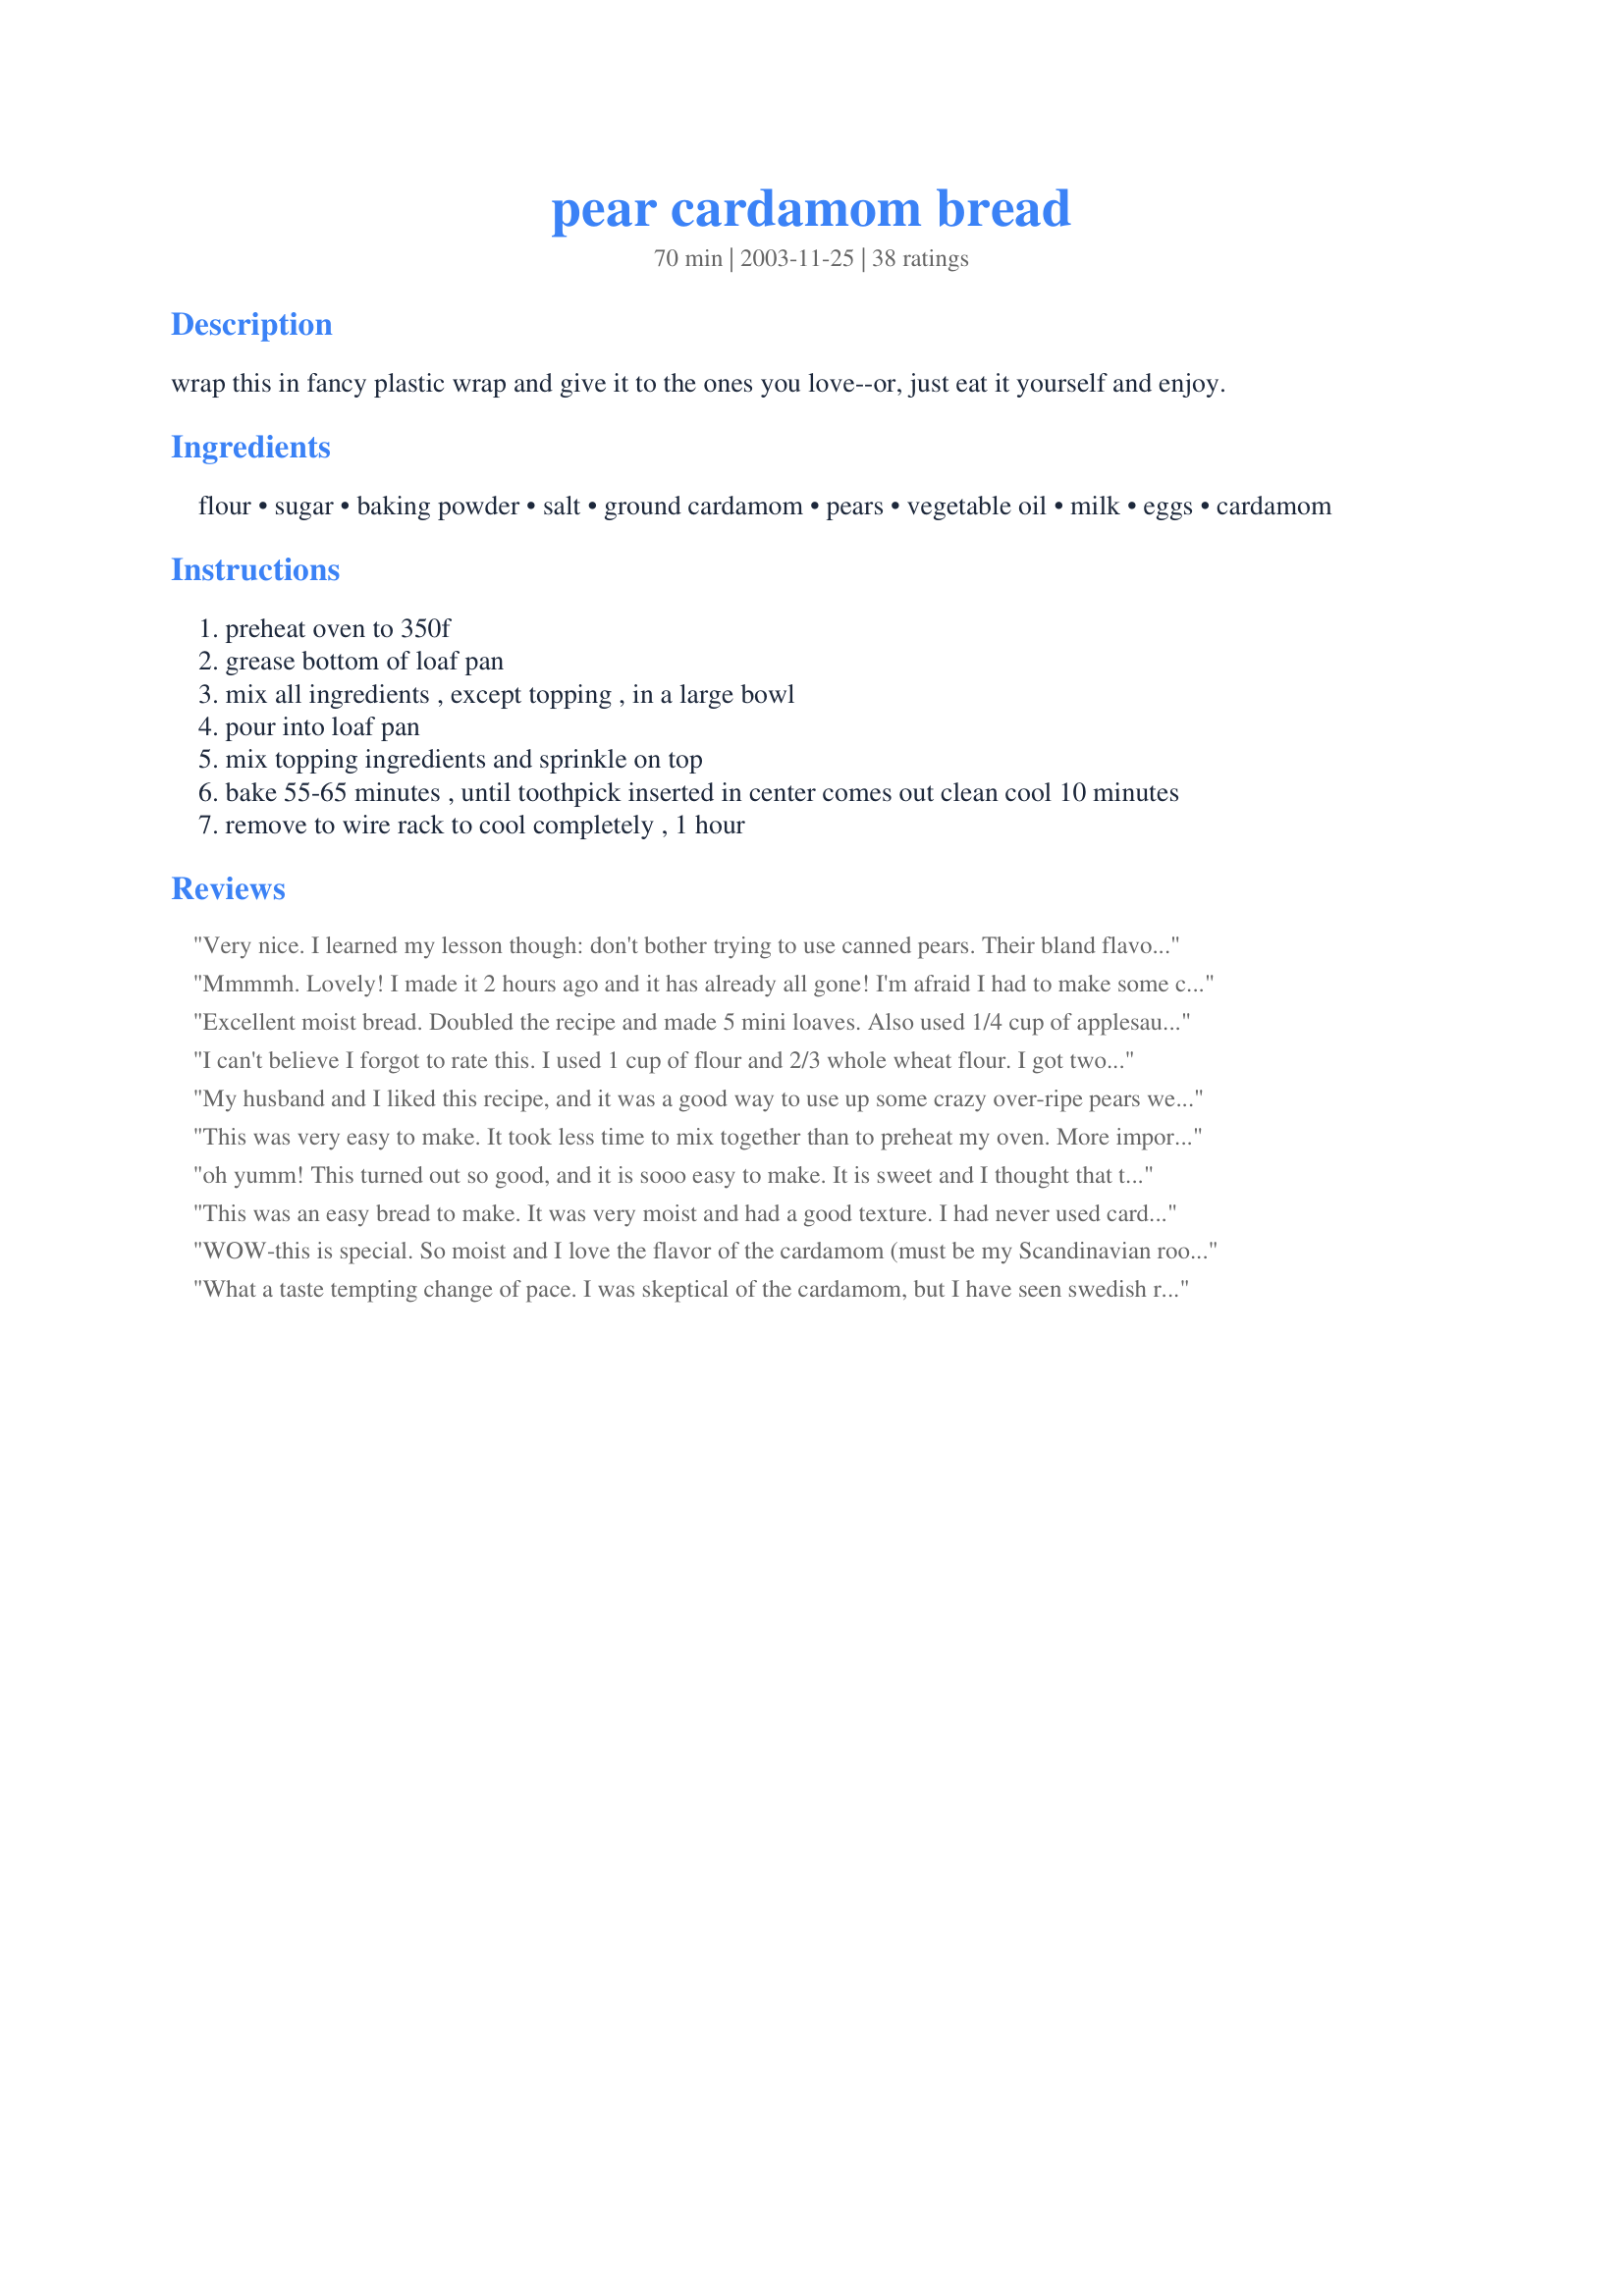
pear cardamom bread
Preparation time: 70 minutes

wrap this in fancy plastic wrap and give it to the ones you love--or, just eat it yourself and enjoy.

Ingredients:
flour, sugar, baking powder, salt, ground cardamom, pears, vegetable oil, milk, eggs, cardamom

Steps:
preheat oven to 350f
grease bottom of loaf pan
mix all ingredients , except topping , in a large bowl
pour into loaf pan
mix topping ingredients and sprinkle on top
bake 55-65 minutes , until toothpick inserted in center comes out clean cool 10 minutes
remove to wire rack to cool completely , 1 hour

Reviews:
Very nice. I learned my lesson though: don't bother trying to use canned pears. Their bland flavour does an otherwise lovely cake a disservice. Fresh ground cardamom makes a big difference. Thanks-you for a unique and delicious cake.
Mmmmh. Lovely! I made it 2 hours ago and it has already all gone! I'm afraid I had to make some changes though....I didn't have any cardamom so I used ginger and I was running out of time so I used a 25cm cake tin which meant it only needed to bake for 20 minutes. Thanks!
Excellent moist bread. Doubled the recipe and made 5 mini loaves. Also used 1/4 cup of applesauce and 1/4 cup oil instead of 1/2 cup oil. It was delicious, and we served it later with coffee, and some soft cream cheese spread. Will go into my recipe file for holiday bread giving.
I can't believe I forgot to rate this. I used 1 cup of flour and 2/3 whole wheat flour. I got two loaves and shared one with friends. They loved it as much as we did. The smell of cardamom baking is wonderful. I am coming to look for it to make it again. I made two batches 9/23/08, one I substituted giner for the cardamom and it's great as well. Thank you for a great recipe.
My husband and I liked this recipe, and it was a good way to use up some crazy over-ripe pears we had. The taste of the bread is sweet and moist and straightforward. A good recipe for fans of cardamom.
This was very easy to make. It took less time to mix together than to preheat my oven. More importantly, this cake tastes wonderful and has the most enticing fragrance. I cut into the cake within 5 minutes of removing it from the oven and I ate 1/3 before I could make myself stop. The only change that I might make next time is to use more cardamom because I love the taste.
oh yumm! This turned out so good, and it is sooo easy to make. It is sweet and I thought that the cardamom was perfect with the pear flavor. It is soft and fluffy despite the fact that I used whole wheat pastry flour. This is just what I needed to use up some very ripe pears that my neighbor gave me. Thanks so much for sharing, this is a keeper for sure!
This was an easy bread to make. It was very moist and had a good texture. I had never used cardamom before and it is very expensive, I bought a small amount in bulk for this recipe. I might make this again, there are other pear bread recipes that are sweeter an more toward my family's preference.
WOW-this is special. So moist and I love the flavor of the cardamom (must be my Scandinavian roots). I fancied this up by baking it in small bundt pan. I coated the pan with cooking spray and then sprinkled the topping around the bottom and sides of the pan before pouring batter in. When I inverted it, it had the nice sugar coating. I'll be making this again!
What a taste tempting change of pace. I was skeptical of the cardamom, but I have seen swedish recipes that call for cardamom in sweet dishes, so I thought I would give it a try. I was not disappionted. I did use a previous suggestion and mixed my wet ingredients together first before adding to the dry. I also added a little nutmeg. I used raw sugar on top (probably more than the called for 1 tablespoon of regular sugar)
I confess-I peeled the pears. But I did everything else as written. What good bread/tea cake! And, man, does this smell good! Thanks, Chia!
i made it for a get-together and the guests really loved the flavour. i think i needed to cut the pear chunks smaller because i had big huge chunks everywhere. i also added extra cardamom. love the flavour and the topping becomes really nice and crunchy. thanks!
YUM!!! So GREAT on an autumn day!
I really liked this bread that is alost a cake. My DH didn't care for the textures of pear/ bread and the youngest child didn't really know what to make of the cardamom flaver. I took some to work and we agreed this would be great for a wine and cheese party. Will make again for the right occasion
A nice tasting bread. My husband is Finnish and so we enjoyed the cardamom. Thanks!
I thought this tasted wonderful. It is very easy to make. I also peeled the pears. Definately a keeper.
Excellent! The smell of this bread baking is so tempting - rich cardamom scent wafts through the air. The bread is very moist from the pear - the flavor of which is very pronounced. The little chunks of pear get so tender and are well complimented by the cardamom. This was delicious. NOTE: I mixed my liquids up separately with a whisk before adding to the dry ingredients.
I doubled it, used half whole wheat and half white, added an additional tsp of cinnamon and an additional tsp of cardoman and a cup of craisins, baked it in a bundt cake mold and it is WONDERFUL!
A big fan favorite at my house!
Fantastic!!!!
Very easy to make. I used tinned pears that were drained.
My children really enjoyed it!!
The taste was just amazing-such a nice change to my usual beloved cinnamon.
I used brown sugar on top and crushed some pods up to get a fresher taste.
The cake was very light and soft and so so yummy.
Made according to the recipe, except a used a bit more chopped pear since all my pears were ripe at once. Nice, moist bread, if I make it again I would chop the pears very fine so they are more evenly distributed through the bread. I also found it a bit bland, if I make it again I would add some cinnamon or something.
This was great bread! I had never baked with cardamom before but this turned out really nice and had a sweet but not too sweet taste. Like someone else had, I mixed the dry and wet ingredients separately and then added them together. The loaves turned out nice and moist but also had a "fluffy" or cake like texture. They rose really nice and looked as good as they tasted. Really, really tasty - everyone had a second slice. Easy and tasty - thanks!
excellent bread. It is not very sweet if you are expecting a very sweet bread. I also mixed my wet ingredients before adding the dry and then folded in the pears.
Very pretty, tall loaves, perfect for giving for the holidays. I made a double batch, half small loaves, 1 big one. I also added a bit more cardamom after tasting the batter, I think it would depend on the freshness of your cardamom. A keeper.
I made a double recipe, and made 2 small loaves and 1 dozen muffins. I also substitute spelt flour for regular wheat flour and added some cinnamon. We love the flavour & texture of these muffins.
The smell of this bread while it is baking is AMAZING my kitchen smelled good after the first 10 minutes! I had some green cardamom pods so I took out the seeds and ground them up with the mortar and pestle. I am not sure they were the correct type to use but WOW it was tasty and wonderfully fragrant! Not knowing the different types of pears very well I THINK I used Anjou pears, they had a wonderful flavor and I had trouble putting them into the bread I wanted to eat them right then! I can't get enough, I will definitely be making this again soon.
This recipe is delicious and super easy. At the suggestion of other reviewers I added an extra 1/2 teaspoon of Cardamon but I think I'll increase that next time or add cinnamon too.
Maybe I'm just a sucker for Cardamom, pears, and sugary bread.. but I absolutely loved this. The bread was moist and perfectly wonderful tasting. The combination of cardamom and pears was just so tasty with my cup of tea, I could have had a second piece right then. Thanks so much for posting.
This was a hit in my house. I've made it twice now, the first time with some cardamom (1 1/2 tsp per the bland comments here) I borrowed from a friend and the second time substituting 1 tsp cinnamon and 1/2 tsp nutmeg. The bread was moist and yummy both times. Great way to use up pears.
Very easy and very good!! Just like eating pears. I doubled the recipe because I wanted to use up pears before they went bad. Then I discovered I only had two pears! I added a chopped Granny Smith apple.
I am upgrading from 4 stars to 5. This time this turned out so unbelievably yummers, even with some healthy upgrades. I doubled the recipe, used 1 c whole wheat flour, used sucanat instead of sugar, omitted the topping, and there was a fight over the batch of mini-muffins as they came out of the oven just now. The rest of the batch is in one loaf and one 4`` muffin (baked in a ceramic bowl). Thanks for helping me enjoy a new spice, chia!
This is a beautiful moist bread, with a perfect blend of flavors! I took the advice of other reviewers and mixed the liquid and dry ingredients separately first.
We really enjoyed this. Thanks for posting.
This bread is delicious! I have made it with white or whole wheat flour and reduced the sugar to 1/2 cup per loaf. I also followed other reviewers&#039; advice and mixed wet and dry ingredients separately. I added 1 tsp of cinnamon in addition to cardamom. I found it important to chop the pears very finely and to use very ripe pears for the best flavor and moisture.
Had an abundance of pears from our trees that I needed to use. Found this recipe and thought I'd treat the ladies at work. It was gone in no time. Took the advice of others by using both flours, mixing the liquids seperately and using raw sugar in the topping. Even one coworker who doesn't like pears thought the flavoring was good. Will try doubling the recipe next time and baking in a bundt pan.
FANTASTIC! mine took more like 65-70 minutes to cook. i made it vegan by using soymilk instead of eggs - and soymilk instead of milk. tasted great. thanks!
Very nice textured bread. We loved the pears in it. The topping just made it. Thanks for posting this recipe.
This was one of the most incredible smelling breads I have ever baked- my kitchen was the center of attention. I adore pears and cardamom, so this was a perfect pairing. Quick, easy and delicious, what more can you say? I have made it several times, and there is a big difference in the freshness of the cardamom out there, so adjust accordingly.
